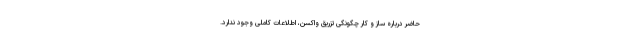
حاضر درباره ساز و کار چگونگی تزریق واکسن، اطلاعات کاملی وجود ندارد.